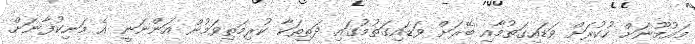
މައުމޫނަށް ހުކުރަށް ވަޑައިގަތުމާއި ބޭރަށް ވަޑައިގަތުމުގައި ދަތިތަކާ ކުރިމަތިވަމުން އަންނަނީ އެ މަނިކުފާނަށް